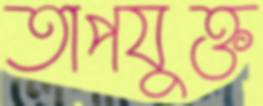
তাপযুক্ত